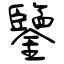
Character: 鑒